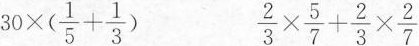
$$30 \times(\frac{1}{5}+ \frac{1}{3})$$ $$\frac{2}{3}\times \frac{5}{7}+ \frac{2}{3}\times \frac{2}{7}$$